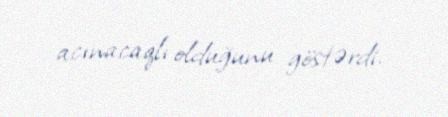
acınacaqlı olduğunu göstərdi.